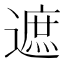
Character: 遮